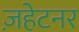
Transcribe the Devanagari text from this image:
ज़हेटनर